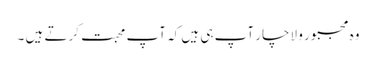
وہ مجبور و لاچار آپ ہی ہیں کہ آپ محبت کرتے ہیں ۔